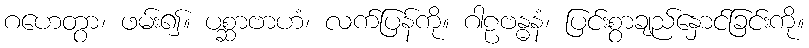
ဂဟေတွာ၊ ဖမ်း၍။ ပစ္ဆာဗာဟံ၊ လက်ပြန်ကို။ ဂါဠဗန္ဓနံ၊ ပြင်းစွာချည်နှောင်ခြင်းကို။